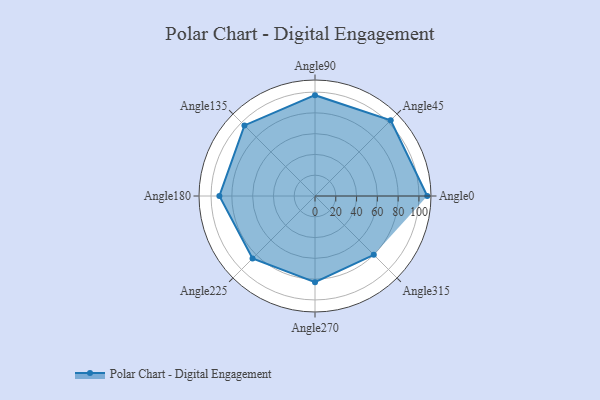
{"axis": {"x": "Angle", "y": "Radius"}, "legend": [""], "data": [{"x": "Angle0", "y": 108.0, "type": ""}, {"x": "Angle45", "y": 103.0, "type": ""}, {"x": "Angle90", "y": 97.0, "type": ""}, {"x": "Angle135", "y": 96.0, "type": ""}, {"x": "Angle180", "y": 92.0, "type": ""}, {"x": "Angle225", "y": 85.0, "type": ""}, {"x": "Angle270", "y": 83.0, "type": ""}, {"x": "Angle315", "y": 80.0, "type": ""}]}